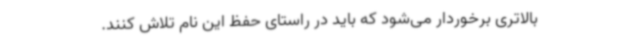
بالاتری برخوردار می‌شود که باید در راستای حفظ این نام تلاش کنند.